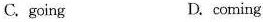
C.going D.coming